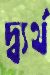
দ্ব্যর্থ